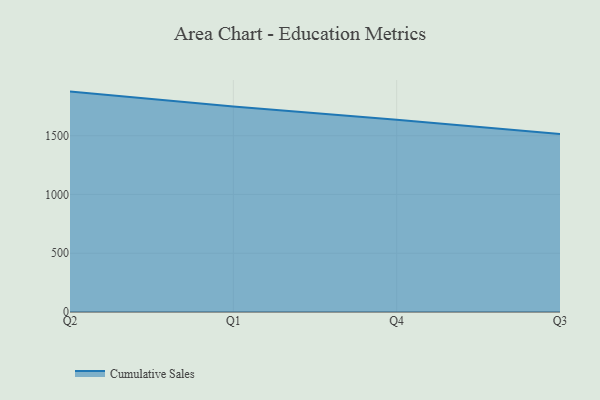
{"axis": {"x": "Quarter", "y": "Active Users"}, "legend": ["Cumulative Sales"], "data": [{"x": "Q2", "y": 1875.4, "type": "Cumulative Sales"}, {"x": "Q1", "y": 1749.0, "type": "Cumulative Sales"}, {"x": "Q4", "y": 1635.7, "type": "Cumulative Sales"}, {"x": "Q3", "y": 1515.6, "type": "Cumulative Sales"}]}